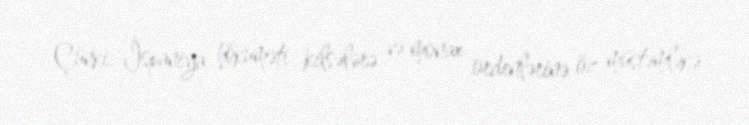
Çünki, İspaniya hökuməti kilsələrə və monax ordenlərinə öz müstəmləkə